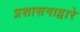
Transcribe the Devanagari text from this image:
प्रशासनाद्वारे